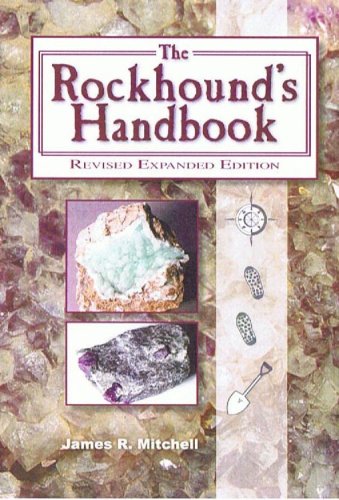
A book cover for The Rockhound's Handbook; James R. Mitchell; Science & Math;